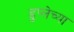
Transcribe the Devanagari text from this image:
डुप्लेच्या